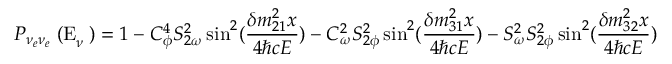
P _ { \nu _ { e } \nu _ { e } } { \mathrm { \tiny ~ ( E } } _ { \nu } \mathrm { \tiny ~ ) } = 1 - C _ { \phi } ^ { 4 } S _ { 2 \omega } ^ { 2 } \sin ^ { 2 } ( \frac { \delta m _ { 2 1 } ^ { 2 } x } { 4 \hbar c E } ) - C _ { \omega } ^ { 2 } S _ { 2 \phi } ^ { 2 } \sin ^ { 2 } ( \frac { \delta m _ { 3 1 } ^ { 2 } x } { 4 \hbar c E } ) - S _ { \omega } ^ { 2 } S _ { 2 \phi } ^ { 2 } \sin ^ { 2 } ( \frac { \delta m _ { 3 2 } ^ { 2 } x } { 4 \hbar c E } )